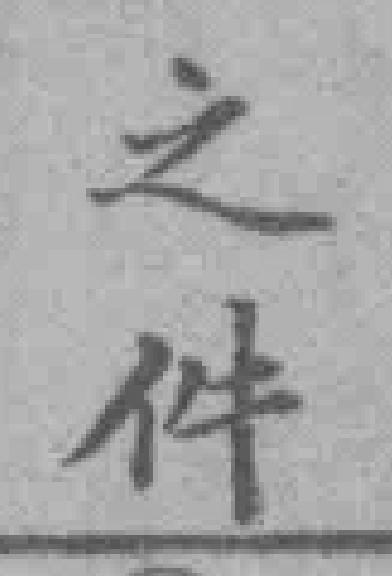
之件